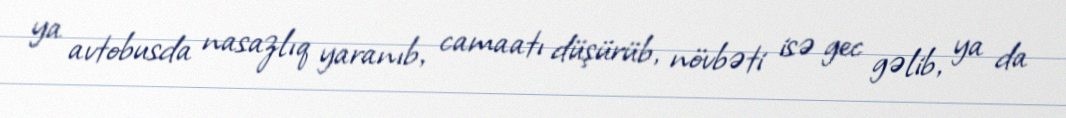
ya avtobusda nasazlıq yaranıb, camaatı düşürüb, növbəti isə gec gəlib, ya da